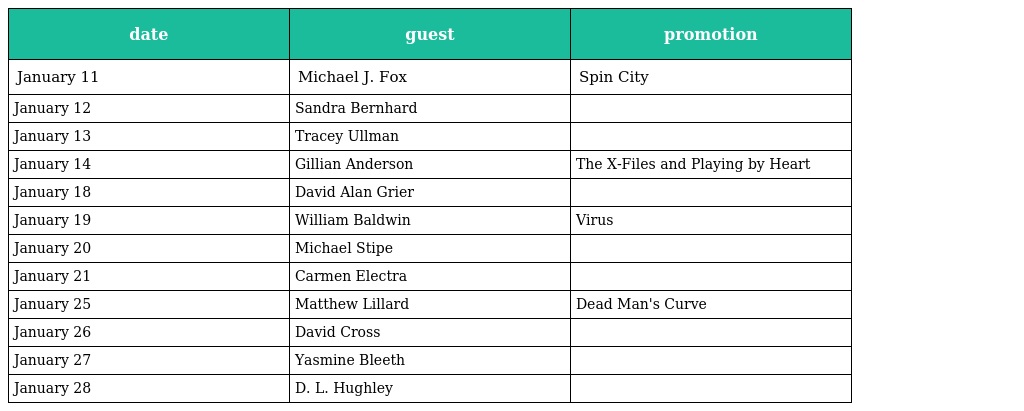
| date | guest | promotion |
 | --- | --- | --- |
 | January 11 | Michael J. Fox | Spin City |
 | January 12 | Sandra Bernhard |  |
 | January 13 | Tracey Ullman |  |
 | January 14 | Gillian Anderson | The X-Files and Playing by Heart |
 | January 18 | David Alan Grier |  |
 | January 19 | William Baldwin | Virus |
 | January 20 | Michael Stipe |  |
 | January 21 | Carmen Electra |  |
 | January 25 | Matthew Lillard | Dead Man's Curve |
 | January 26 | David Cross |  |
 | January 27 | Yasmine Bleeth |  |
 | January 28 | D. L. Hughley |  |